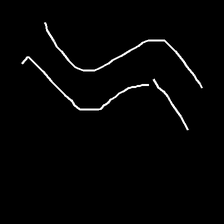
Glyph: float